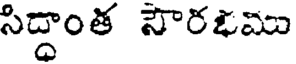
సిద్దాంత సౌరభము